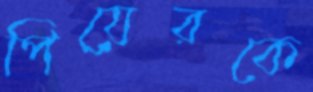
পিয়েরকে